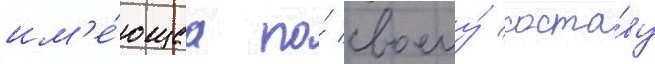
им'е́ющаа по́ своему́ соста́ву